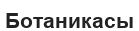
Ботаникасы